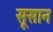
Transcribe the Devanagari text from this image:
सूसान